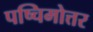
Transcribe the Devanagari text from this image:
पष्चिमोत्तर